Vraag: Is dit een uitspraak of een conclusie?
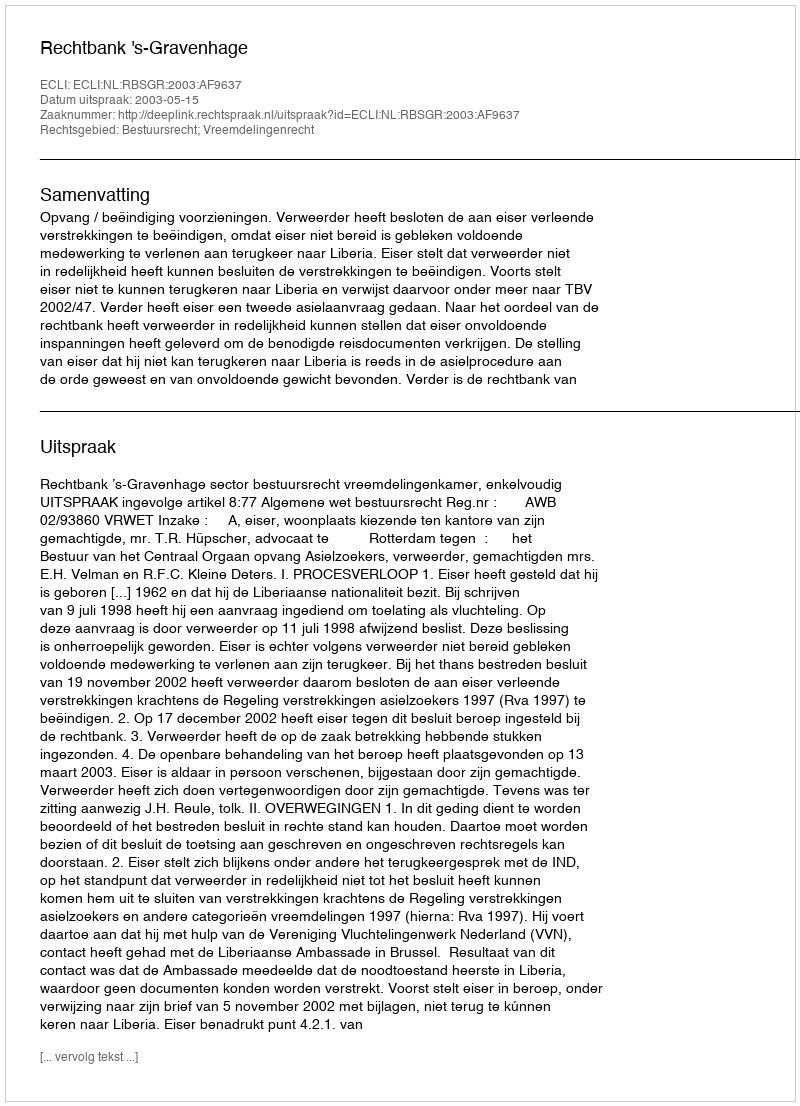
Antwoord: Uitspraak